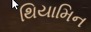
થિયામિન